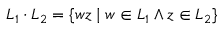
L _ { 1 } \cdot L _ { 2 } = \{ w z \mid w \in L _ { 1 } \land z \in L _ { 2 } \}